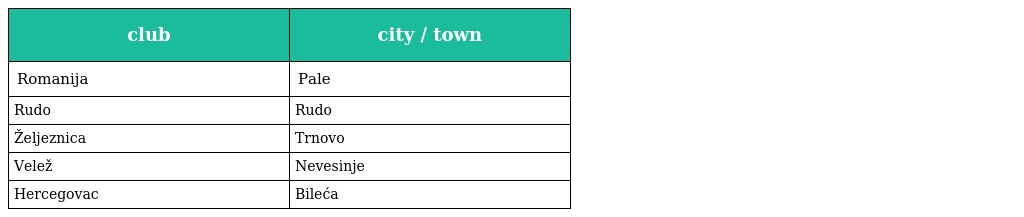
| club | city / town |
 | --- | --- |
 | Romanija | Pale |
 | Rudo | Rudo |
 | Željeznica | Trnovo |
 | Velež | Nevesinje |
 | Hercegovac | Bileća |